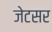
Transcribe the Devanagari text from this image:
जेटसर